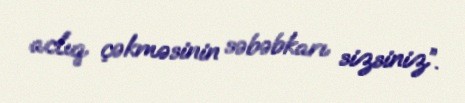
aclıq çəkməsinin səbəbkarı sizsiniz”.